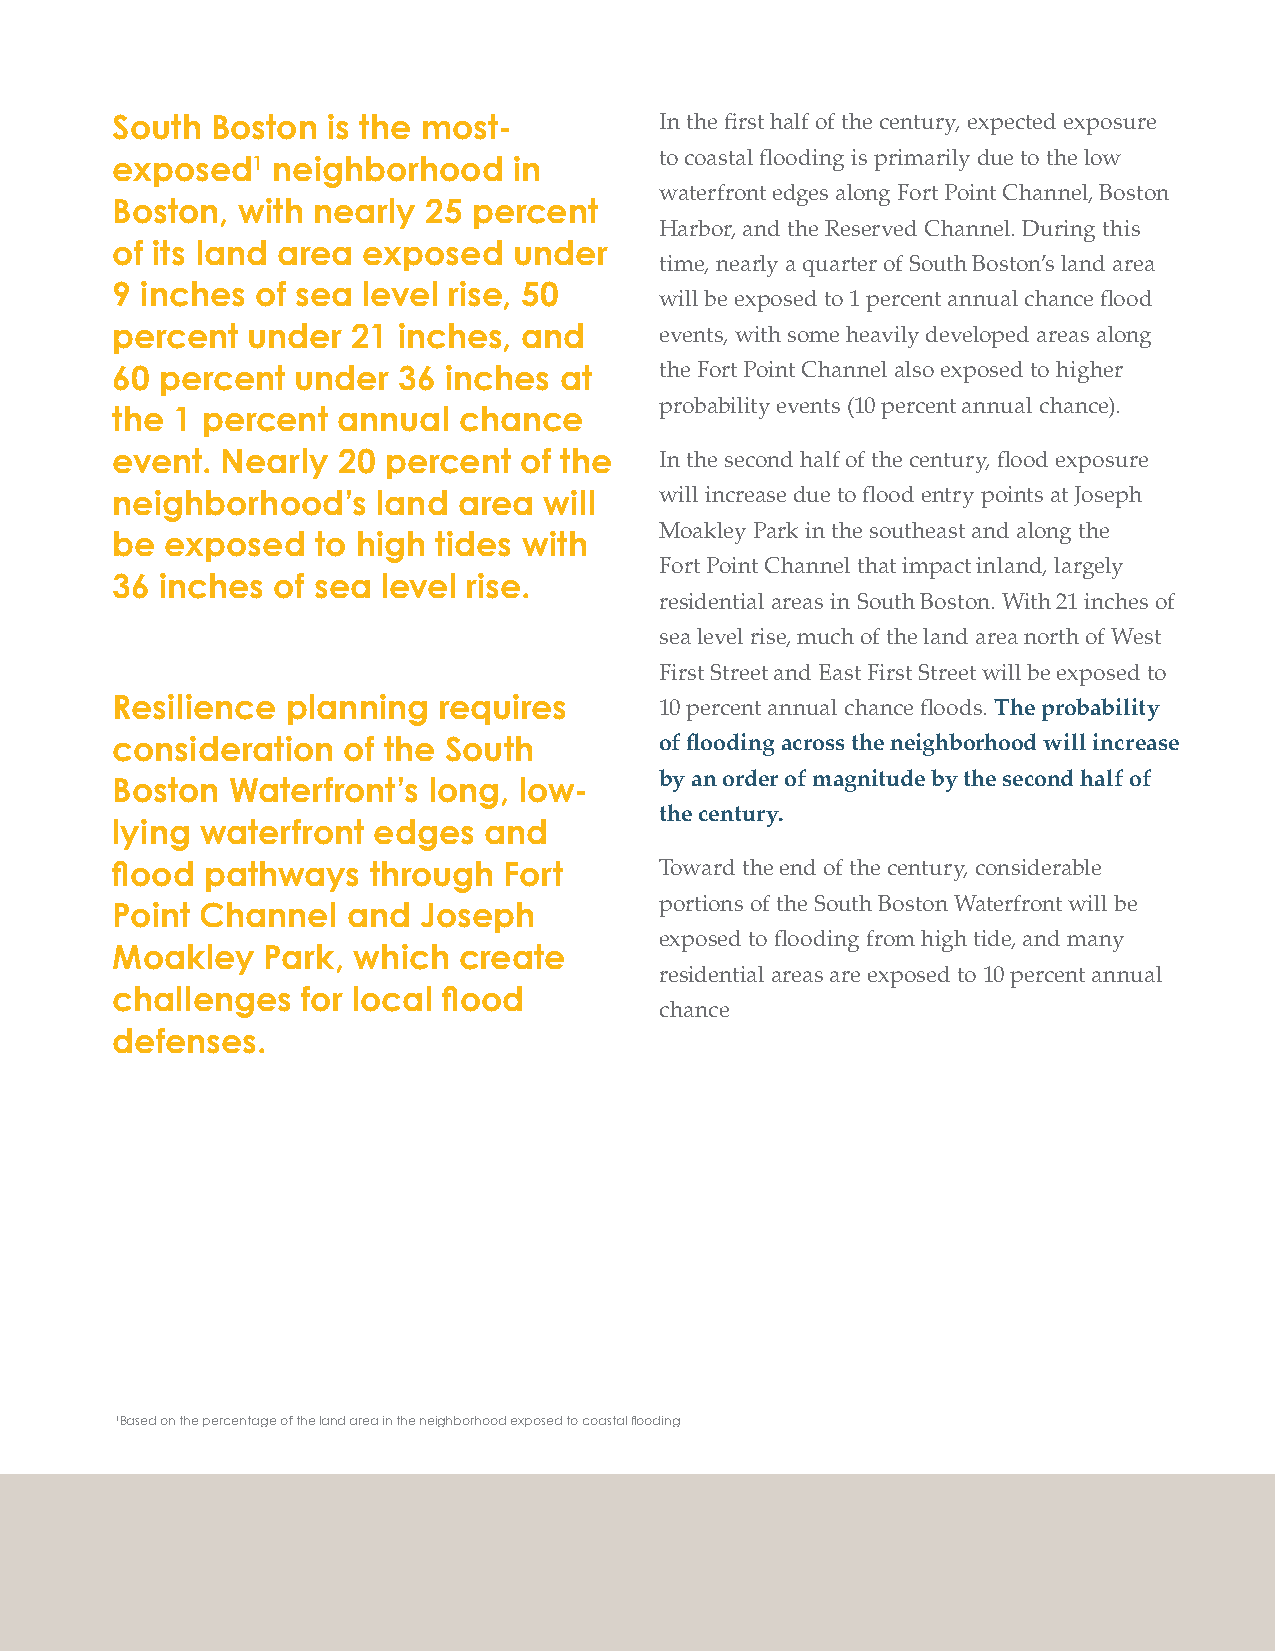
South  Boston  is the most-          In the fi rst half of the century, expected exposure
 to coastal fl ooding is primarily due to the low
 exposed1   neighborhood    in
 waterfront edges along Fort Point Channel, Boston
 Boston,  with nearly 25 percent
 Harbor, and the Reserved Channel. During this
 of its land area exposed   under
 time, nearly a quarter of South Boston’s land area
 9 inches  of sea level rise, 50
 will be exposed to 1 percent annual chance fl ood
 percent  under  21 inches,  and      events, with some heavily developed areas along
 60  percent under  36 inches  at     the Fort Point Channel also exposed to higher
 probability events (10 percent annual chance).
 the  1 percent annual  chance
 event.  Nearly 20 percent  of the    In the second half of the century, fl ood exposure
 neighborhood’s    land area  will    will increase due to fl ood entry points at Joseph
 Moakley Park in the southeast and along the
 be  exposed   to high tides with
 Fort Point Channel that impact inland, largely
 36  inches of sea level rise.
 residential areas in South Boston. With 21 inches of
 sea level rise, much of the land area north of West
 First Street and East First Street will be exposed to
 Resilience  planning  requires       10 percent annual chance fl oods. The probability
 consideration   of the South         of fl ooding across the neighborhood will increase
 by an order of magnitude by the second half of
 Boston  Waterfront’s long, low-
 the century.
 lying waterfront  edges  and
 fl ood pathways  through  Fort       Toward the end of the century, considerable
 portions of the South Boston Waterfront will be
 Point Channel   and  Joseph
 exposed to fl ooding from high tide, and many
 Moakley   Park, which  create
 residential areas are exposed to 10 percent annual
 challenges   for local fl ood
 chance
 defenses.
 1 Based on the percentage of the land area in the neighborhood exposed to coastal fl ooding
 286 City of Boston: Climate Ready Boston